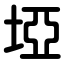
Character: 埡